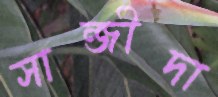
সান্জীদা